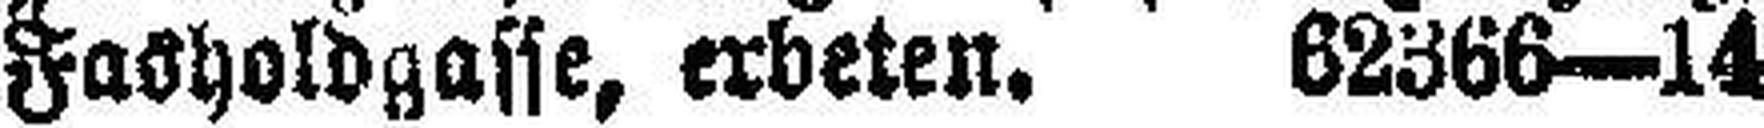
Fa###holdgasse, erbeten. 62366—14